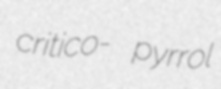
critico- pyrrol